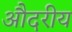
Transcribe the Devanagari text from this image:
औदरीय